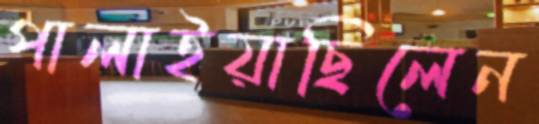
পালাইয়াছিলেন